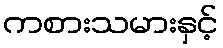
ကစားသမားနှင့်